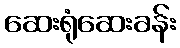
ဆေးရုံဆေးခန်း